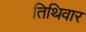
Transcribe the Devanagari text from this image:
तिथिवार